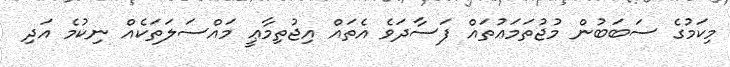
މިކަމުގެ ސަބަބުން މުޖުތަމަޢުތައް ފަސާދަވެ އެތައް އިޖުތިމާޢީ މައްސަލަތަކެއް ނިކުމެ އަދި